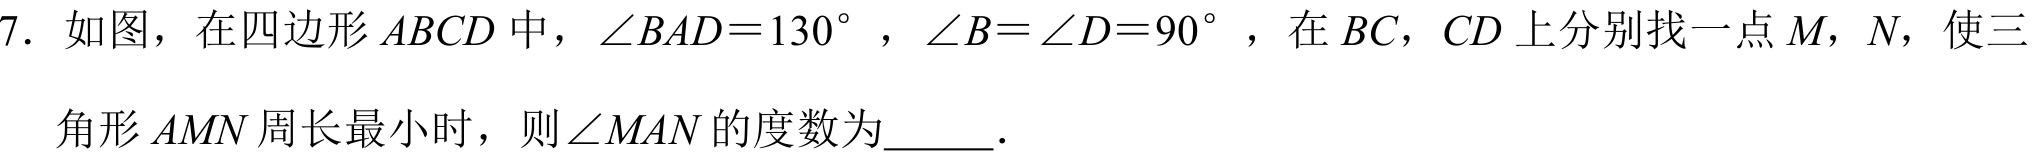
7. 如图，在四边形\(ABCD\)中，\(\angle BAD = 130^{\circ}\)，\(\angle B=\angle D = 90^{\circ}\)，在\(BC\)，\(CD\)上分别找一点\(M\)，\(N\)，使三角形\(AMN\)周长最小时，则\(\angle MAN\)的度数为  ．